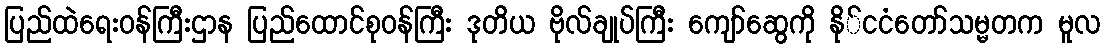
ပြည်ထဲရေးဝန်ကြီးဌာန ပြည်ထောင်စုဝန်ကြီး ဒုတိယ ဗိုလ်ချုပ်ကြီး ကျော်ဆွေကို နို်ငငံတော်သမ္မတက မူလ